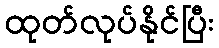
ထုတ်လုပ်နိုင်ပြီး